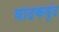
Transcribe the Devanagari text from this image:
वादकवृंद